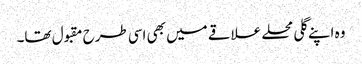
وہ اپنے گلی محلے علاقے میں بھی اسی طرح مقبول تھا۔